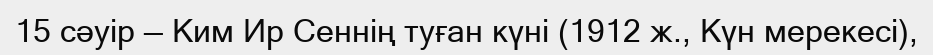
15 сәуір — Ким Ир Сеннің туған күні (1912 ж., Күн мерекесі),